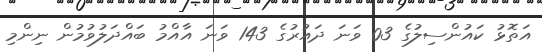
އަތޮޅު ކައުންސިލުގެ 03 ވަނަ ދައުރުގެ 143 ވަނަ އާއްމު ބައްދަލުވުމުން ނިންމި